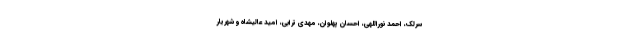
سرلک، احمد نوراللهی، احسان پهلوان، مهدی ترابی، امید عالیشاه و شهریار